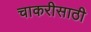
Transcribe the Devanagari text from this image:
चाकरीसाठी